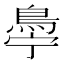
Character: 𬷋